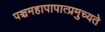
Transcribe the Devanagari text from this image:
पञ्चमहापापात्प्रमुच्यते